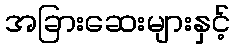
အခြားဆေးများနှင့်